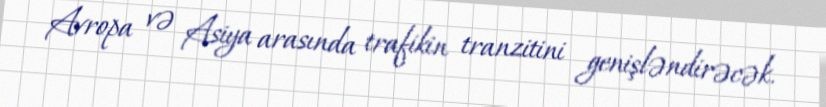
Avropa və Asiya arasında trafikin tranzitini genişləndirəcək.